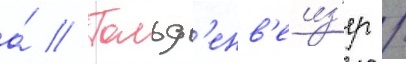
а́ // Гольд'енв'еиз'ер /